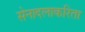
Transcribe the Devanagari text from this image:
सेनादलाकरिता